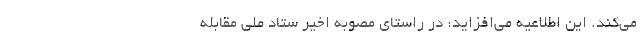
می‌کند. این اطلاعیه می‌افزاید: در راستای مصوبه اخیر ستاد ملی مقابله